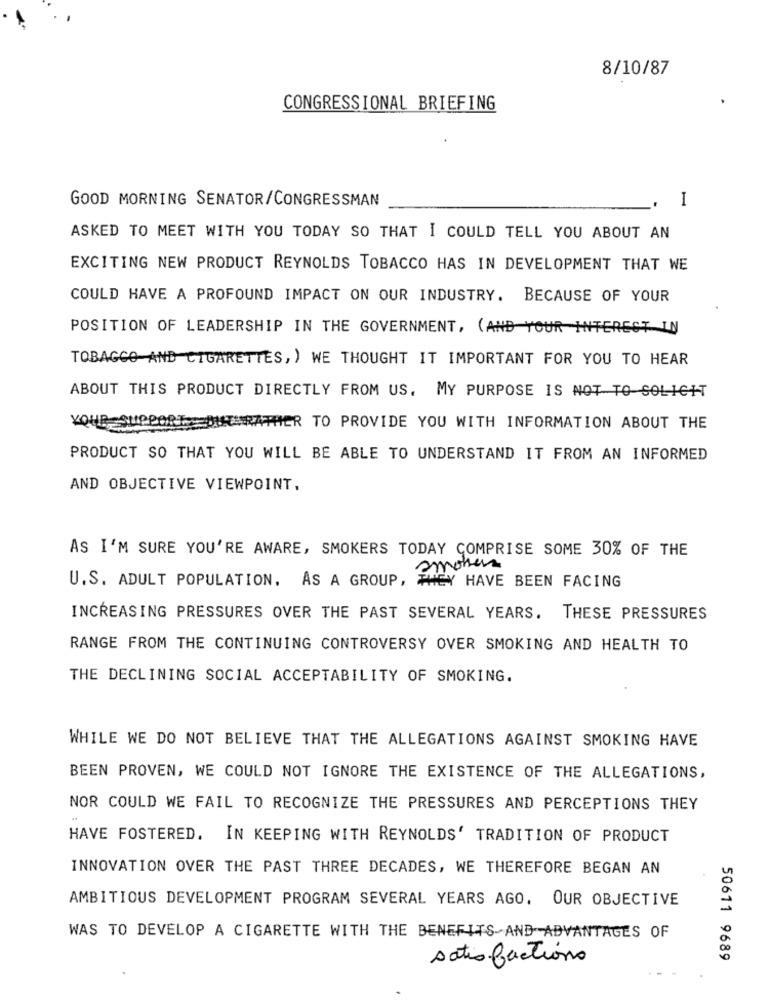
8/10/87
CONGRESSIONAL BRIEFING
GOOD MORNING SENATOR/CONGRESSMAN
I
ASKED TO MEET WITH YOU TODAY SO THAT I COULD TELL YOU ABOUT AN
EXCITING NEW PRODUCT REYNOLDS TOBACCO HAS IN DEVELOPMENT THAT WE
COULD HAVE A PROFOUND IMPACT ON OUR INDUSTRY. BECAUSE OF YOUR
POSITION OF LEADERSHIP IN THE GOVERNMENT, (AND YOUR INTEREST IN
TOBAGCO AND CIGARETTES, ) WE THOUGHT IT IMPORTANT FOR YOU TO HEAR
ABOUT THIS PRODUCT DIRECTLY FROM US. MY PURPOSE IS NOT TO SOLICIT
YOUR
HER TO PROVIDE YOU WITH INFORMATION ABOUT THE
PRODUCT SO THAT YOU WILL BE ABLE TO UNDERSTAND IT FROM AN INFORMED
AND OBJECTIVE VIEWPOINT,
AS I'M SURE YOU'RE AWARE, SMOKERS TODAY COMPRISE SOME 30% OF THE
smokers
U.S. ADULT POPULATION, AS A GROUP, THEY HAVE BEEN FACING
INCREASING PRESSURES OVER THE PAST SEVERAL YEARS. THESE PRESSURES
RANGE FROM THE CONTINUING CONTROVERSY OVER SMOKING AND HEALTH TO
THE DECLINING SOCIAL ACCEPTABILITY OF SMOKING.
WHILE WE DO NOT BELIEVE THAT THE ALLEGATIONS AGAINST SMOKING HAVE
BEEN PROVEN, WE COULD NOT IGNORE THE EXISTENCE OF THE ALLEGATIONS,
NOR COULD WE FAIL TO RECOGNIZE THE PRESSURES AND PERCEPTIONS THEY
HAVE FOSTERED. IN KEEPING WITH REYNOLDS' TRADITION OF PRODUCT
INNOVATION OVER THE PAST THREE DECADES, WE THEREFORE BEGAN AN
AMBITIOUS DEVELOPMENT PROGRAM SEVERAL YEARS AGO. OUR OBJECTIVE
WAS TO DEVELOP A CIGARETTE WITH THE BENEFITS AND ADVANTAGES OF
satisfactions
50611 9689